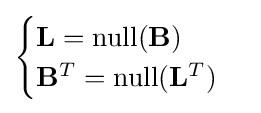
{\begin{cases}\mathbf {L} ={\text{null}}(\mathbf {B} )\\\mathbf {B} ^{T}={\text{null}}(\mathbf {L} ^{T})\end{cases}}